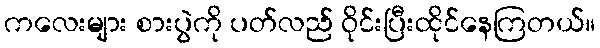
ကလေးများ စားပွဲကို ပတ်လည် ဝိုင်းပြီးထိုင်နေကြတယ်။